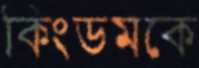
কিংডমকে